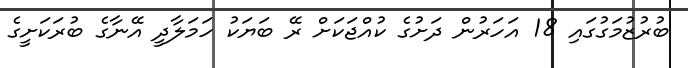
ބުރުޒުމަގުގައި 18 އަހަރުން ދަށުގެ ކުއްޖަކަށް ރޭ ބަޔަކު ހަމަލާދީ އޭނާގެ ބުރަކަށީގެ